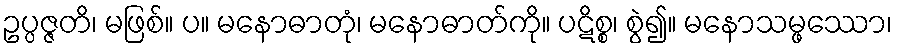
ဥပ္ပဇ္ဇတိ၊ မဖြစ်။ ပ။ မနောဓာတုံ၊ မနောဓာတ်ကို။ ပဋိစ္စ၊ စွဲ၍။ မနောသမ္ဖဿော၊